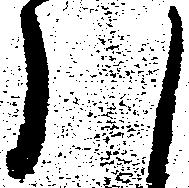
ハ